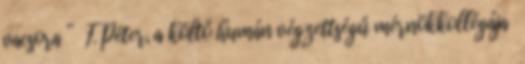
vacsora ” F. Péter, a költő humán végzettségű mérnökkollégája